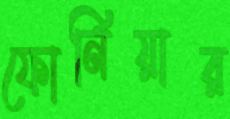
ফোর্নিয়ার